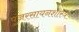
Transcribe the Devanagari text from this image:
पुंजरसायनशास्त्र